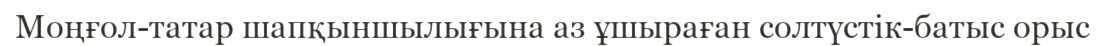
Моңғол-татар шапқыншылығына аз ұшыраған солтүстік-батыс орыс